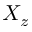
X _ { z }